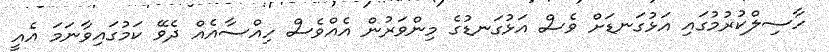
ހާސިލްކުރުމުގައި އަޅުގަނޑަށް ވެސް އަޅުގަނޑުގެ މިންވަރުން އެއްވެސް ހިއްސާއެއް ދެވޭ ކަމުގައިވާނަމަ އެއީ